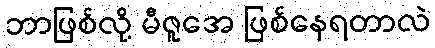
ဘာဖြစ်လို့ မီဇူအေ ဖြစ်နေရတာလဲ